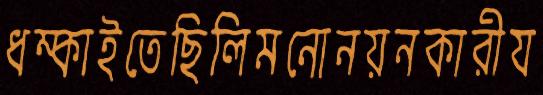
ধম্‌কাইতেছিলিমনোনয়নকারীয